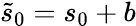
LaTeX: \tilde{s}_{0}=s_{0}+b